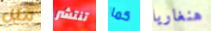
مثل تنتشر كما هنغاريا